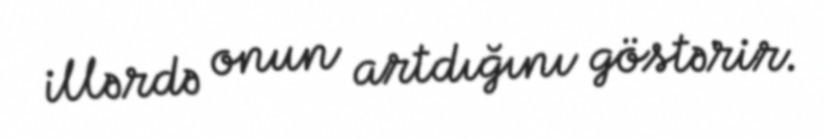
illərdə onun artdığını göstərir.